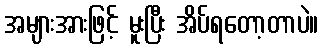
အများအားဖြင့် မူးပြီး အိပ်ရတော့တာပဲ။